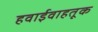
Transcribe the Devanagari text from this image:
हवाईवाहतूक